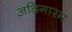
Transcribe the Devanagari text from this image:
अदिगारम